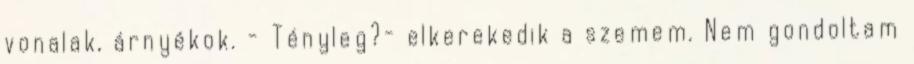
vonalak, árnyékok. - Tényleg?- elkerekedik a szemem. Nem gondoltam